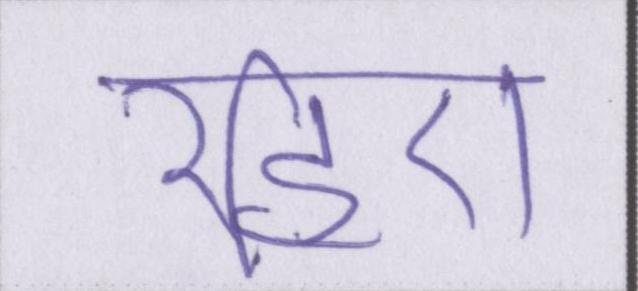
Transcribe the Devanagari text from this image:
रहिए